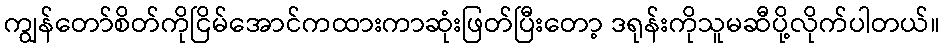
ကျွန်တော်စိတ်ကိုငြိမ်အောင်ကထားကာဆုံးဖြတ်ပြီးတော့ ဒရုန်းကိုသူမဆီပို့လိုက်ပါတယ်။